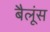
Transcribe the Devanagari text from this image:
बैलूंस